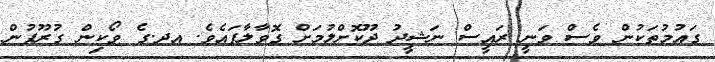
ގައުމުތަކުން ވެސް ވަނީ ރައީސް ނަޝީދު ދޫކޮށްލުމަށް ގޮވާލާފައެވެ. އދ.ގެ ވޯކިން ގުރޫޕުން